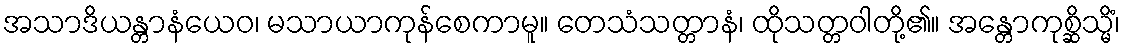
အသာဒိယန္တာနံယေဝ၊ မသာယာကုန်စေကာမူ။ တေသံသတ္တာနံ၊ ထိုသတ္တဝါတို့၏။ အန္တောကုစ္ဆိသ္မိံ၊